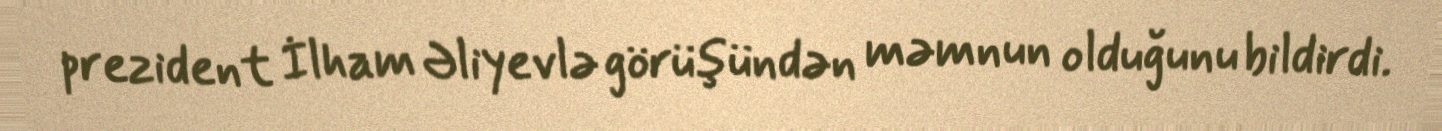
prezident İlham Əliyevlə görüşündən məmnun olduğunu bildirdi.